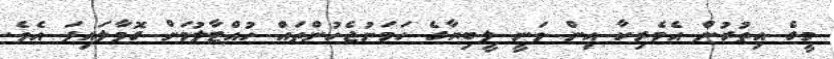
މީގެ އިތުރުން އެމެރިކާ އިން ވަނީ ލީބިޔާގެ ހަމަނުޖެހުންތައް ހުއްޓާލުމަށް ގޮވާލައިފަ އެވެ.